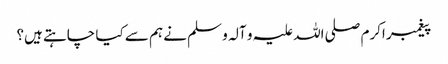
پیغمبر اکرم صلی اللہ علیہ و آلہ و سلم نے ہم سے کیا چاہتے ہیں؟